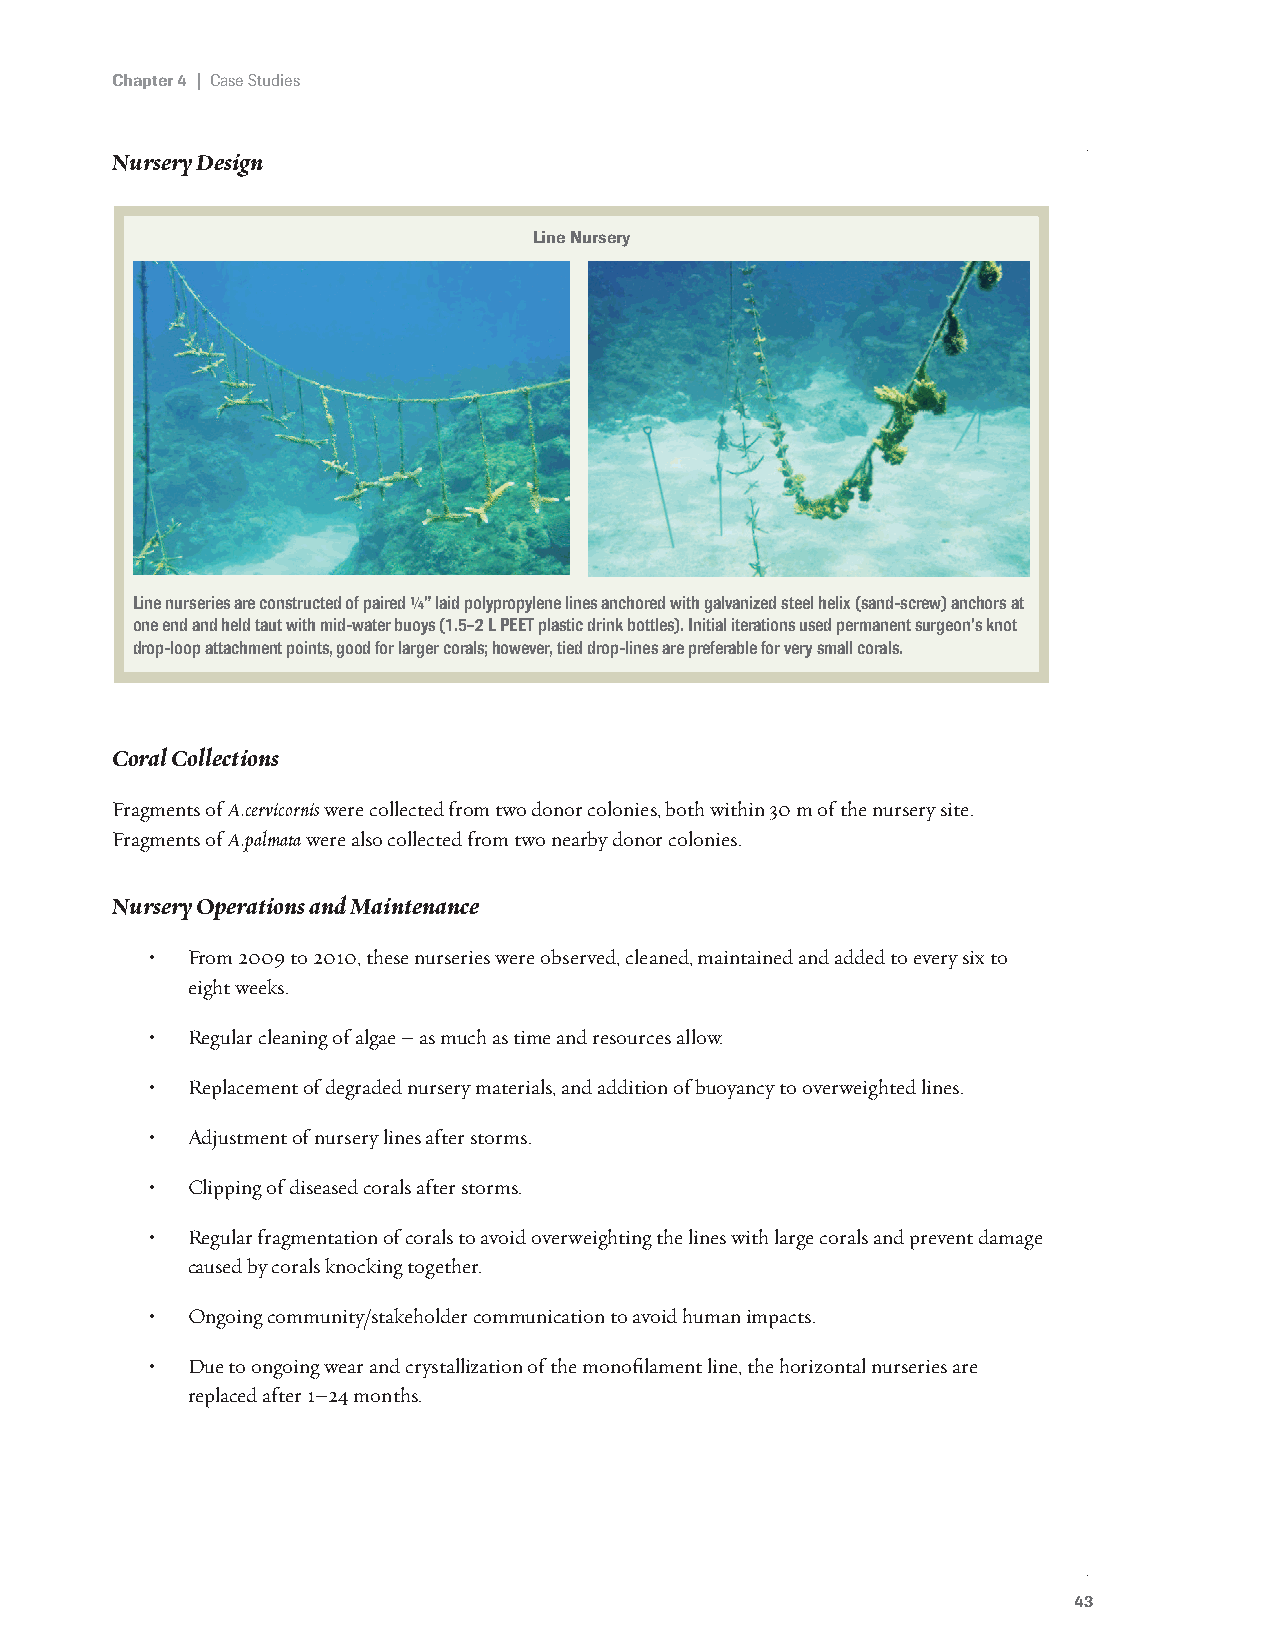
Chapter 4 | Case Studies
 Nursery Design
 Line Nursery
 Line nurseries are constructed of paired ¼” laid polypropylene lines anchored with galvanized steel helix (sand-screw) anchors at
 one end and held taut with mid-water buoys (1.5–2 L PEET plastic drink bottles). Initial iterations used permanent surgeon’s knot
 drop-loop attachment points, good for larger corals; however, tied drop-lines are preferable for very small corals.
 Coral Collections
 Fragments of A.cervicornis were collected from two donor colonies, both within 30 m of the nursery site.
 Fragments of A.palmata were also collected from two nearby donor colonies.
 Nursery Operations and Maintenance
 • From 2009 to 2010, these nurseries were observed, cleaned, maintained and added to every six to
 eight weeks.
 • Regular cleaning of algae – as much as time and resources allow.
 • Replacement of degraded nursery materials, and addition of buoyancy to overweighted lines.
 • Adjustment of nursery lines after storms.
 • Clipping of diseased corals after storms.
 • Regular fragmentation of corals to avoid overweighting the lines with large corals and prevent damage
 caused by corals knocking together.
 • Ongoing community/stakeholder communication to avoid human impacts.
 • Due to ongoing wear and crystallization of the monofilament line, the horizontal nurseries are
 replaced after 1–24 months.
 43